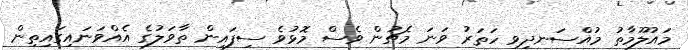
މައުލޫމާތު މުއްސަނދިވި ހަތަރު ވަނަ މެޗުން ވެސް މޮޅުވެ ސިފައިން ތާވަލުގެ އެއްވަނައިގައިތިން